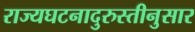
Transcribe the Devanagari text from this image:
राज्यघटनादुरुस्तीनुसार